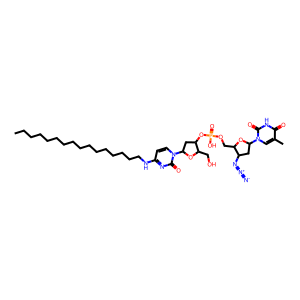
SMILES: CCCCCCCCCCCCCCCCNc1ccn(C2CC(OP(=O)(O)OCC3OC(n4cc(C)c(=O)[nH]c4=O)CC3N=[N+]=[N-])C(CO)O2)c(=O)n1
Inhibits HIV replication: Yes